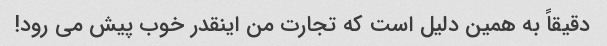
دقیقاً به همین دلیل است که تجارت من اینقدر خوب پیش می رود!